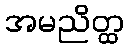
အမညိတ္ထ